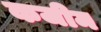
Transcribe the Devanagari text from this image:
कजीम